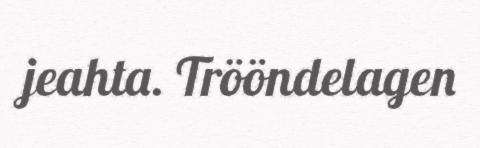
jeahta. Trööndelagen